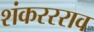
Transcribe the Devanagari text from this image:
शंकररराव